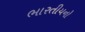
ભારતીયનો